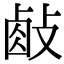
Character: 𢾃